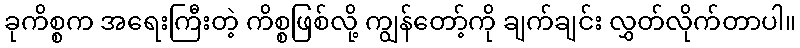
ခုကိစ္စက အရေးကြီးတဲ့ ကိစ္စဖြစ်လို့ ကျွန်တော့်ကို ချက်ချင်း လွှတ်လိုက်တာပါ။